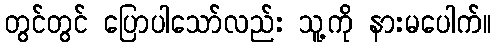
တွင်တွင် ပြောပါသော်လည်း သူ့ကို နားမပေါက်။